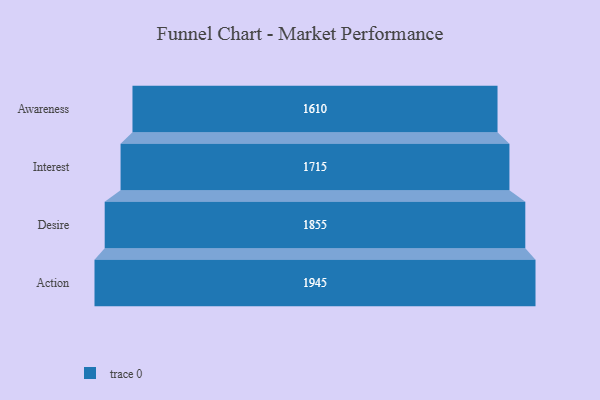
{"axis": {"x": "Stage", "y": "Value"}, "legend": [""], "data": [{"x": "Awareness", "y": 1610.0, "type": ""}, {"x": "Interest", "y": 1715.0, "type": ""}, {"x": "Desire", "y": 1855.0, "type": ""}, {"x": "Action", "y": 1945.0, "type": ""}]}